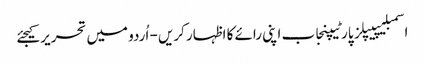
اسمبلیپیپلز پارٹیپنجاب اپنی رائے کا اظہار کریں - اُردو میں تحریر کیجئے